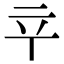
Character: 䇂